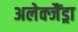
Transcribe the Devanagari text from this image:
अलेक्जैंड्रा